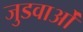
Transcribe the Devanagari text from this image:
जुडवाओं